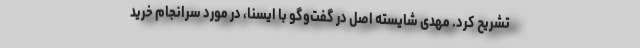
تشریح کرد. مهدی شایسته اصل در گفت‌وگو با ایسنا، در مورد سرانجام خرید